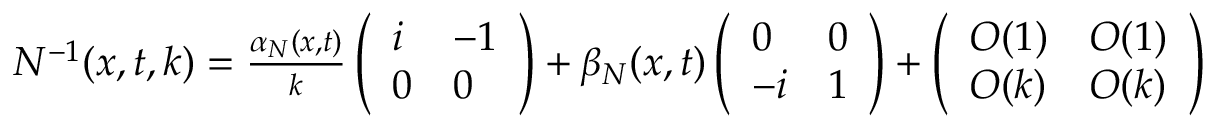
\begin{array} { r } { N ^ { - 1 } ( x , t , k ) = \frac { \alpha _ { N } ( x , t ) } { k } \left( \begin{array} { l l } { i } & { - 1 } \\ { 0 } & { 0 } \end{array} \right) + \beta _ { N } ( x , t ) \left( \begin{array} { l l } { 0 } & { 0 } \\ { - i } & { 1 } \end{array} \right) + \left( \begin{array} { l l } { O ( 1 ) } & { O ( 1 ) } \\ { O ( k ) } & { O ( k ) } \end{array} \right) } \end{array}